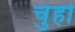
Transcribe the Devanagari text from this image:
चुहो